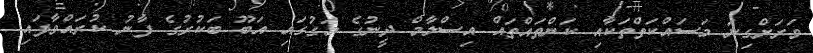
ވަރަށްގިނަ މަސައްކަތްތަކާއި ކަންތައްތައް އިސްލާމް ދީނުގެ މަގުގައި އަބޫ ބަކުރުގެ ފާނު ކުރައްވާފައި